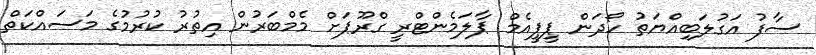
ސާފު އަގުލަބިއްޔަތު ހޯދަން ޕީޕީއެމް ޕާލަމެންޓްރީ ގްރޫޕަށް މެމްބަރުން އިތުރު ކުރުމުގެ މަސައްކަތް